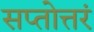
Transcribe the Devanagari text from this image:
सप्तोत्तरं